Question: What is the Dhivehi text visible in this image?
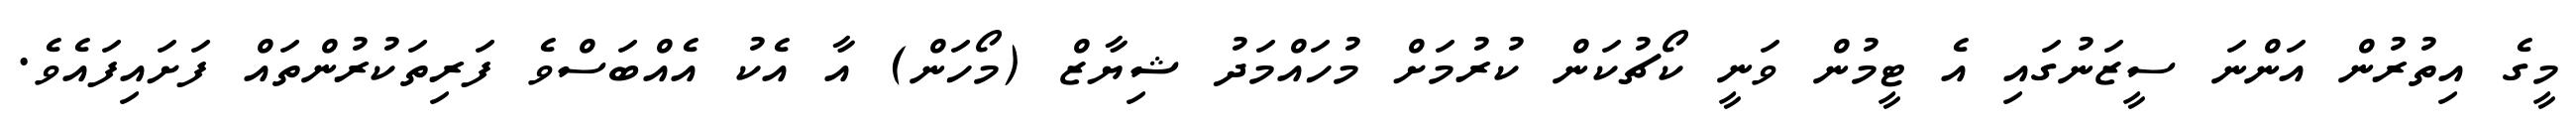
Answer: މީގެ އިތުރުން އަންނަ ސީޒަނުގައި އެ ޓީމުން ވަނީ ކޯޗުކަން ކުރުމަށް މުހައްމަދު ޝިޔާޒް (މޯހަން) އާ އެކު އެއްބަސްވެ ފަރިތަކުރުންތައް ފަށައިފައެވެ.